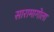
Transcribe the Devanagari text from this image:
सारामागोला